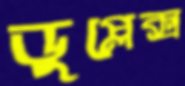
ডুপ্লেক্স